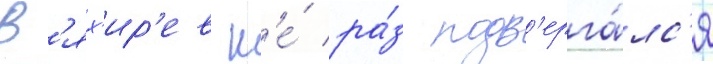
В'ях'ир'ев н'е́ ра́з подв'ерга́лс'я